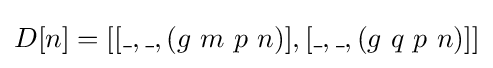
D[n]=[[\_,\_,(g\ m\ p\ n)],[\_,\_,(g\ q\ p\ n)]]